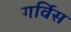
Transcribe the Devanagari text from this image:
गर्विस